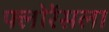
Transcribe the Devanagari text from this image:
फ्लोरेंसला